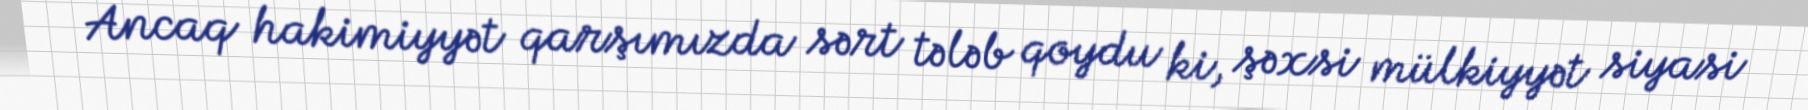
Ancaq hakimiyyət qarşımızda sərt tələb qoydu ki, şəxsi mülkiyyət siyasi